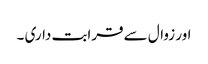
اور زوال سے قرابت داری ۔